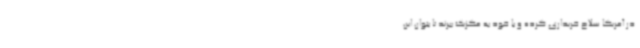
در آمریکا سلاح خریداری کرده و با خود به مکزیک ببرند تا بتوان این